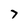
Character: 7